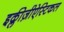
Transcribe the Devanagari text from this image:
इक्लीज़ीऐस्टिकल